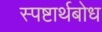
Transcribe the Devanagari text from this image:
स्पष्टार्थबोध